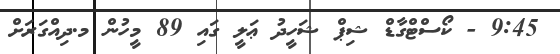
9:45 - ކޯސްޓްގާޑް ޝިޕް ޝަހީދު ޢަލީ ގައި 89 މީހުން މ.ދިއްގަރަށް